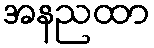
အနညထာ